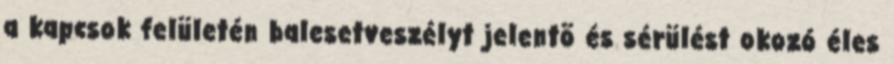
a kapcsok felületén balesetveszélyt jelentõ és sérülést okozó éles